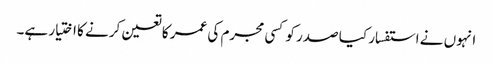
انہوں نے استفسار کیا صدر کو کسی مجرم کی عمر کا تعین کرنے کا اختیار ہے۔